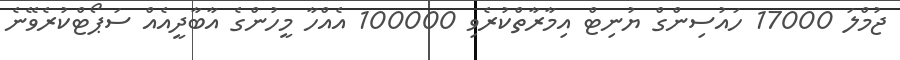
ޖުމްލަ 17000 ހައުސިންގް ޔުނިޓް އިމާރާތްކުރެވި 100000 އެއްހާ މީހުންގެ އާބާދީއެއް ސަޕޯޓްކުރެވޭނެ